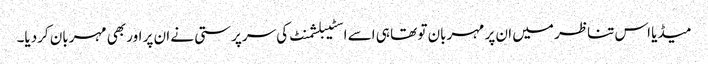
میڈیا اس تناظر میں ان پر مہربان تو تھا ہی اسے اسٹیبلشمنٹ کی سرپرستی نے ان پر اور بھی مہربان کردیا۔